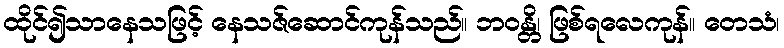
ထိုင်၍သာနေသဖြင့် နေသဇ်ဆောင်ကုန်သည်။ ဘဝန္တိ၊ ဖြစ်ရလေကုန်။ တေသံ၊